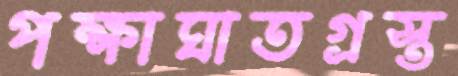
পক্ষাঘাতগ্রস্ত